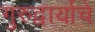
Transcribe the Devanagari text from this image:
गुरुद्वार्याचे